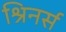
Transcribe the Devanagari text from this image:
श्रिनर्स